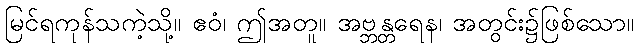
မြင်ရကုန်သကဲ့သို့။ ဧဝံ၊ ဤအတူ။ အဗ္ဘန္တရေန၊ အတွင်း၌ဖြစ်သော။